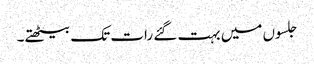
جلسوں میں بہت گئے رات تک بیٹھتے۔